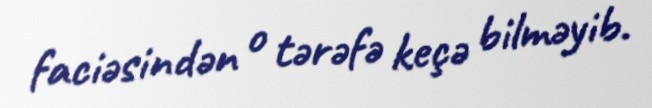
faciəsindən o tərəfə keçə bilməyib.